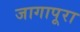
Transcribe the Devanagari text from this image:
जागापूरा